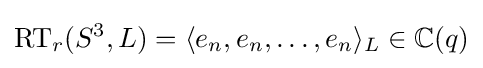
\operatorname {RT} _{r}(S^{3},L)=\langle e_{n},e_{n},\dots ,e_{n}\rangle _{L}\in \mathbb {C} (q)